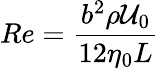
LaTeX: Re=\frac{b^{2}\rho\mathcal{U}_{0}}{12\eta_{0}L}